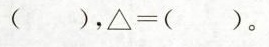
（），\triangle=( )